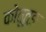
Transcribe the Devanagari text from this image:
कोतूतुङ